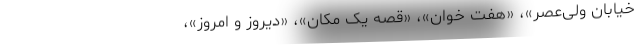
‌خیابان ‌ولی‌عصر»، «هفت‌ خوان»، «قصه‌ ‌یک ‌مکان»، «دیروز و امروز»،